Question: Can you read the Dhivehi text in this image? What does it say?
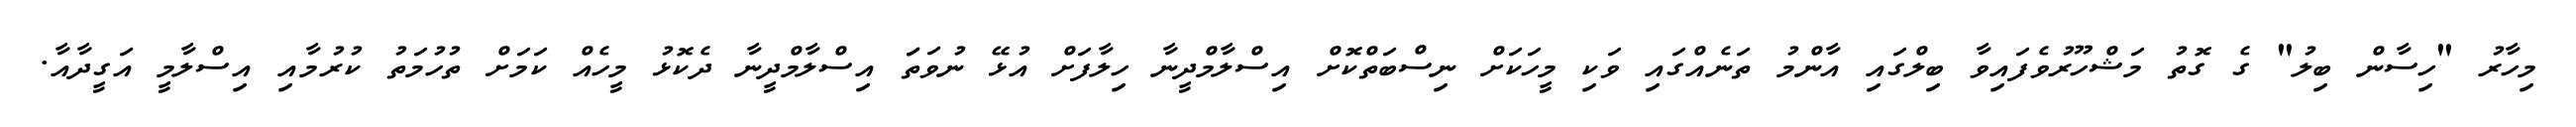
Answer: މިހާރު "ހިސާން ބިލު" ގެ ގޮތު މަޝްހޫރުވެފައިވާ ބިލްގައި އާންމު ތަނެއްގައި ވަކި މީހަކަށް ނިސްބަތްކޮށް އިސްލާމްދީނާ ހިލާފަށް އުޅޭ ނުވަތަަ އިސްލާމްދީނާ ދެކޮޅު މީހެއް ކަމަށް ތުހުމަތު ކުރުމާއި އިސްލާމީ އަގީދާއާ.